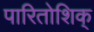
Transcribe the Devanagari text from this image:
पारितोशिक्